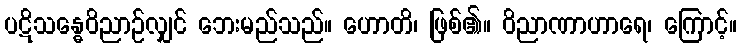
ပဋိသန္ဓေဝိညာဉ်လျှင် ဘေးမည်သည်။ ဟောတိ၊ ဖြစ်၏။ ဝိညာဏာဟာရေ၊ ကြောင့်။